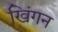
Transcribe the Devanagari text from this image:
खिंगन